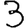
Digit: 3